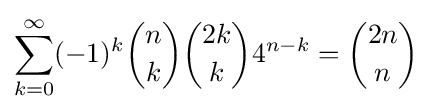
\sum _{k=0}^{\infty }(-1)^{k}{n \choose k}{2k \choose k}4^{n-k}={2n \choose n}